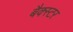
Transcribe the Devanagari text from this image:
बैक्स्टर